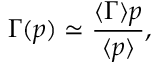
\Gamma ( p ) \simeq \frac { \langle \Gamma \rangle p } { \langle p \rangle } ,